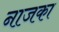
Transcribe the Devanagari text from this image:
नाजका